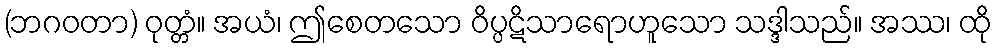
(ဘဂဝတာ) ဝုတ္တံ။ အယံ၊ ဤစေတသော ဝိပ္ပဋိသာရောဟူသော သဒ္ဒါသည်။ အဿ၊ ထို